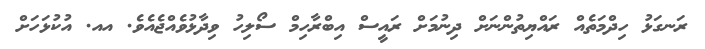
ރަނގަޅު ހިދްމަތެއް ރައްޔިތުންނަށް ދިނުމަށް ރައީސް އިބްރާހިމް ސޯލިހު ވިދާޅުވެއްޖެއެވެ. އއ. އުކުޅަހަށް